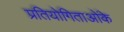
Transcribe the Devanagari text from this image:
प्रतियोगिताओंके